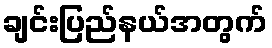
ချင်းပြည်နယ်အတွက်